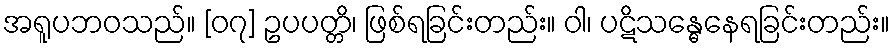
အရူပဘဝသည်။ [၀၇] ဥပပတ္တိ၊ ဖြစ်ရခြင်းတည်း။ ဝါ၊ ပဋိသန္ဓေနေရခြင်းတည်း။